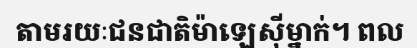
តាមរយៈជនជាតិម៉ាឡេស៊ីម្នាក់។ ពល